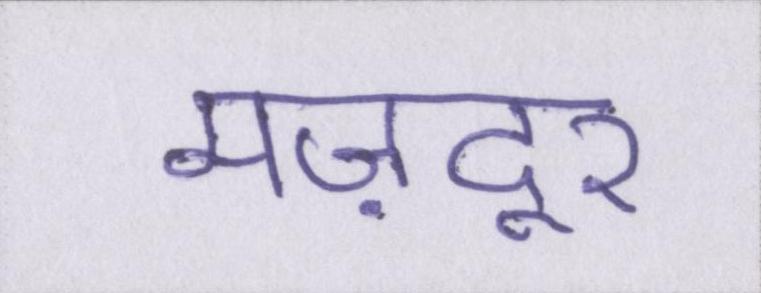
मज़दूर